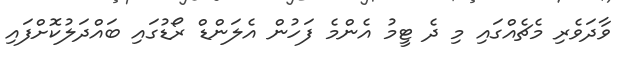
ވާދަވެރި މެޗެއްގައި މި ދެ ޓީމު އެންމެ ފަހުން އެލަންޑް ރޯޑުގައި ބައްދަލުކޮށްފައި